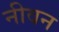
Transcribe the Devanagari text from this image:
नीवन